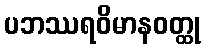
ပဘဿရဝိမာနဝတ္ထု